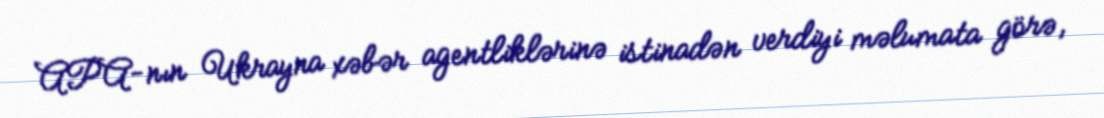
APA-nın Ukrayna xəbər agentliklərinə istinadən verdiyi məlumata görə,